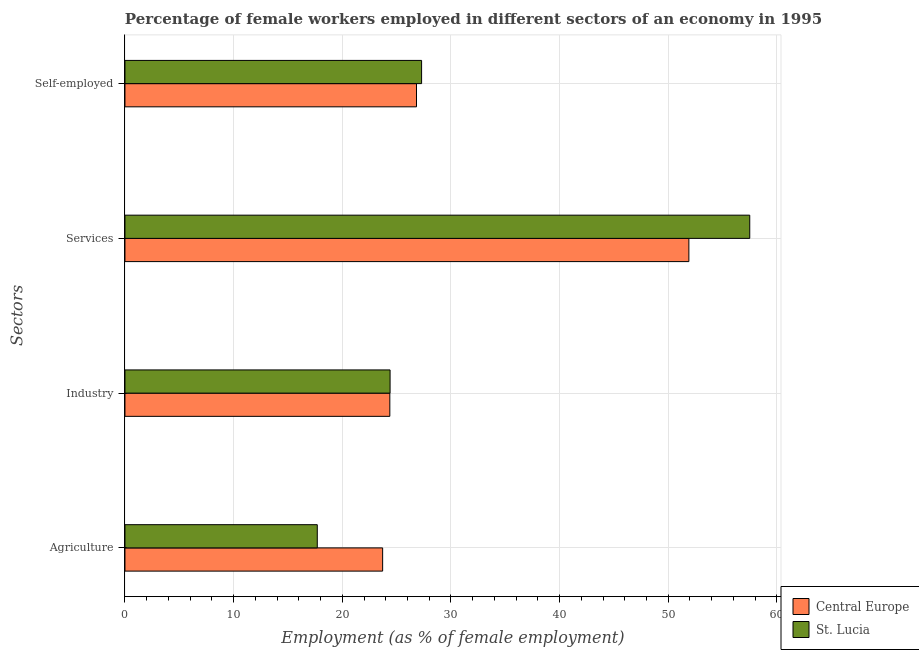
| Sectors | Central Europe | St. Lucia |
 | --- | --- | --- |
 | Agriculture | 23.7 | 17.7 |
 | Industry | 24.4 | 24.4 |
 | Services | 51.9 | 57.5 |
 | Self-employed | 26.8 | 27.3 |